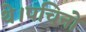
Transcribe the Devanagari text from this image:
थे।पचिनो